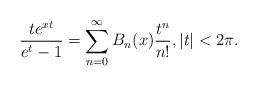
LaTeX: \begin{align*}\frac{te^{xt}}{e^t-1}=\sum_{n=0}^\infty B_n(x)\frac{t^n}{n!}, |t|<2\pi.\end{align*}